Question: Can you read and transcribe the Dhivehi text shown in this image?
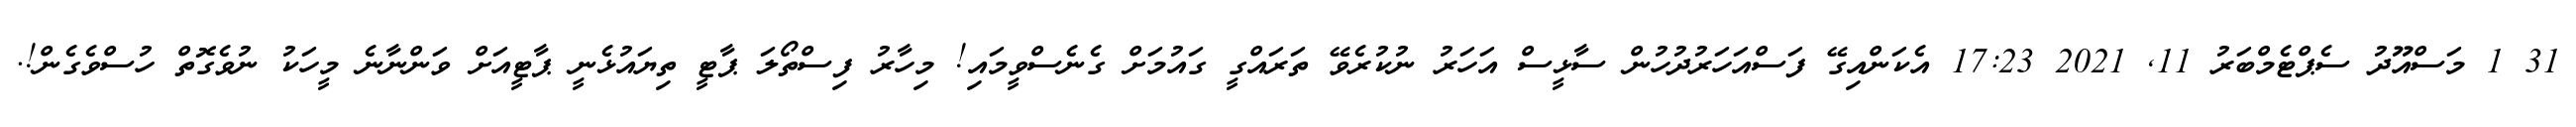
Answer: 31 1 މަސްއޫދު ސެޕްޓެމްބަރު 11, 2021 17:23 އެކަންއިގޭ ފަސްއަހަރުދުހުން ސާޅީސް އަހަރު ނުކުރެވޭ ތަރައްގީ ގައުމަށް ގެނެސްވީމައި! މިހާރު ފިސްތޯލަ ޕާޓީ ތިޔައުޅެނީ ޕާޓީއަށް ވަންނާނެ މީހަކު ނުވެގޮތް ހުސްވެގެން!.